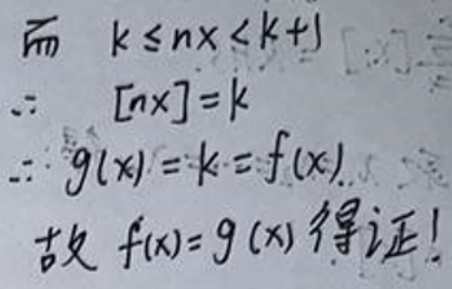
&而\( k\leq nx<k + 1\)\\
\(&\therefore [nx]=k\)\\
\(&\therefore g(x)=k = f(x)\)\\
&故\( f(x)=g(x) \)得证！